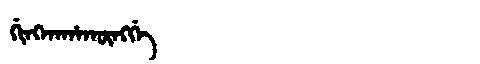
Manchu: ᡤᡳᠩᡴᠠᡥᠠᡴᡡᠩᡤᡝ
Romanization: GINGKAHAKŪNGGE